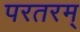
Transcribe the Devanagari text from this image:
परतरम्